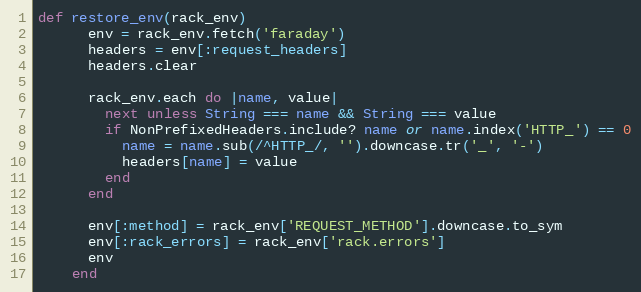
Language: Ruby
def restore_env(rack_env)
      env = rack_env.fetch('faraday')
      headers = env[:request_headers]
      headers.clear

      rack_env.each do |name, value|
        next unless String === name && String === value
        if NonPrefixedHeaders.include? name or name.index('HTTP_') == 0
          name = name.sub(/^HTTP_/, '').downcase.tr('_', '-')
          headers[name] = value
        end
      end

      env[:method] = rack_env['REQUEST_METHOD'].downcase.to_sym
      env[:rack_errors] = rack_env['rack.errors']
      env
    end